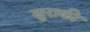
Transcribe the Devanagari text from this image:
सुराकी